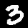
Digit: 3